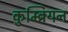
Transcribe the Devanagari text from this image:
कुम्ब्रियन